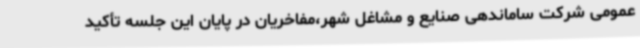
عمومی شرکت ساماندهی صنایع و مشاغل شهر،مفاخریان در پایان این جلسه تأکید